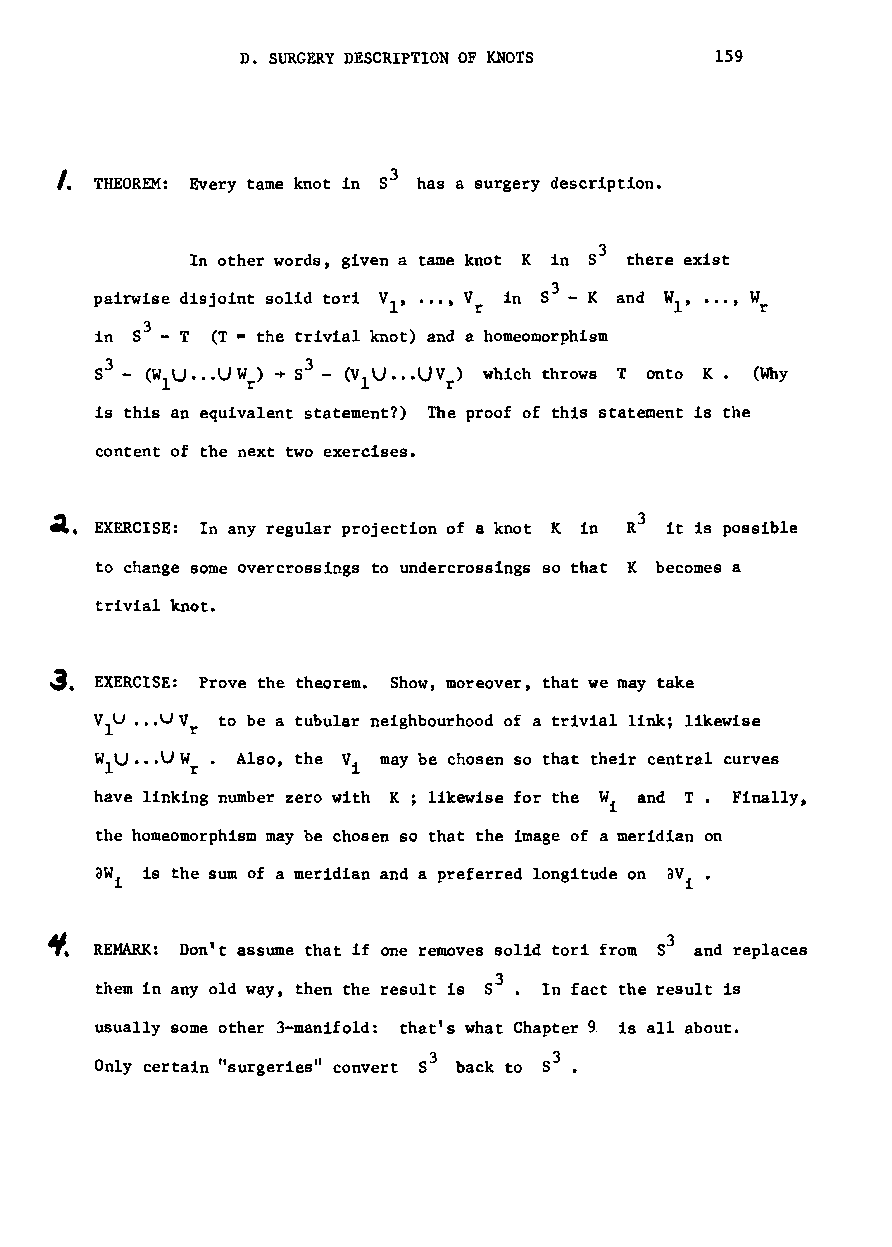
D. SURGERY DESCRIPTION OF KNOTS 159
 I.
 THEOREM: Every tame knot in S3 has a surgery description.
 In other words, given a tame knot K in 53 there exist
 pairwise disjoint solid tori V , •••, V in S3 - K and WI' •.. , W
 l    r                  r
 in S3 - T (T = the trivial knot) and a homeomorphism
 3            3
 S - (W1U•••UW r) + S - (VlU•••UV r) which throws Tonto K. (Why
 is this an equivalent statement?) The proof of this statement is the
 content of the next two exercises.
 el.                                    3
 EXERCISE: In any regular projection of a knot K in R it is possible
 to change some overcrossings to undercrossings so that K becomes a
 trivial knot.
 JI.
 EXERCISE: Prove the theorem. Show, moreover, that we may take
 VlU •••\1V
 r
 to be a tubular neighbourhood of a trivial link; likewise
 WIU •••UW • Also~ the Vi may be chosen so that their central curves
 r
 have linking number zero with K; likewise for the Wi and T. Finally,
 the homeomorphism may be chosen so that the image of a meridian on
 aW is the sum of a meridian and a preferred longitude on av •
 i                                    i
 ~.
 REMARK: Don't assume that if one removes solid tori from 53 and replaces
 3
 them in any old way, then the result is 8 • In fact the result is
 usually some other 3-manifold: that's what Chapter 9. is all about.
 Only certain "surgeries" convert S3 back to 53.